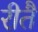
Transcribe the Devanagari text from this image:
रीतै